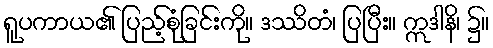
ရူပကာယ၏ ပြည့်စုံခြင်းကို။ ဒဿိတံ၊ ပြပြီး။ ဣဒါနိ၊ ၌။